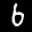
Label: 6